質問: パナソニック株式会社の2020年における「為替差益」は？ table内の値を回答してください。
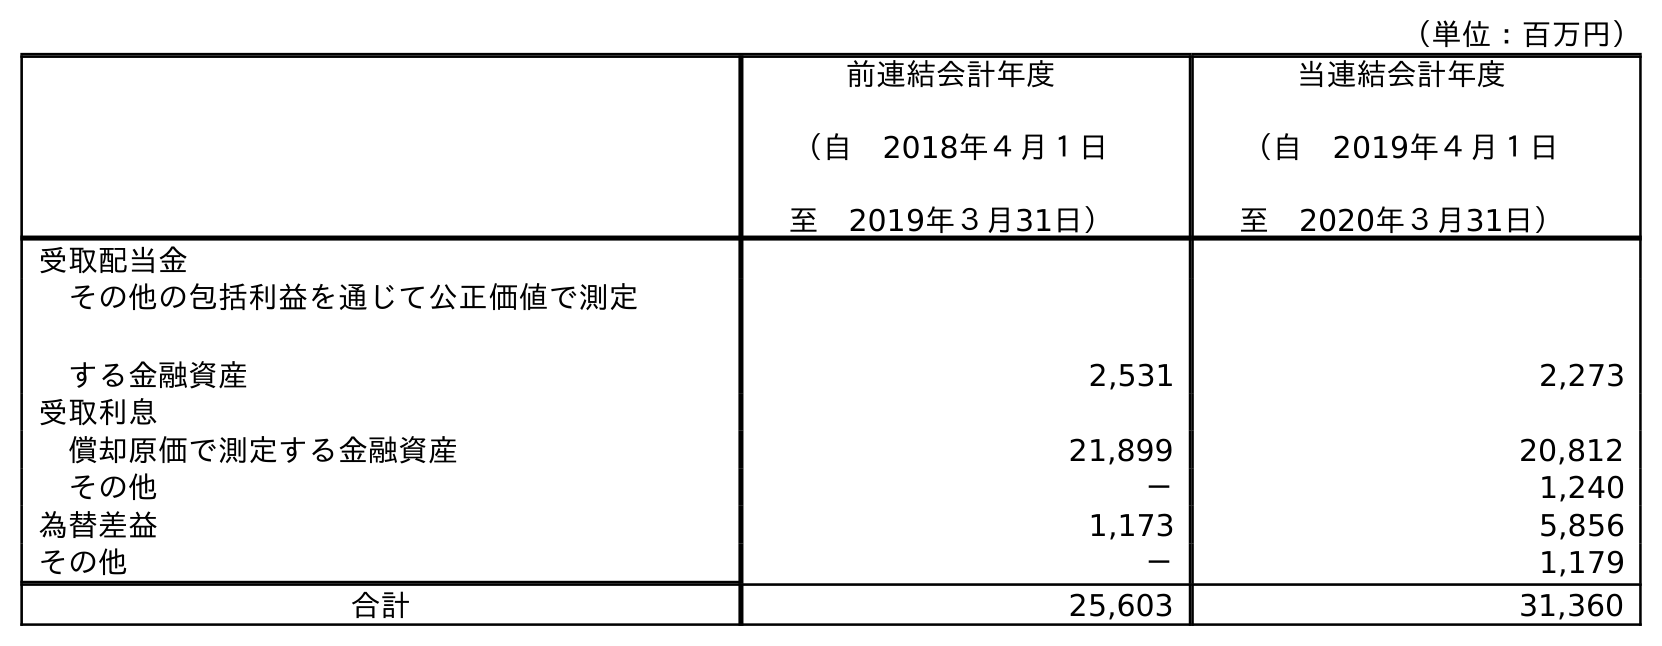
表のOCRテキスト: （単位：百万円） 前連結会計年度 （自 2018年４月１日 至 2019年３月31日） 当連結会計年度 （自 2019年４月１日 至 2020年３月31日） 受取配当金 その他の包括利益を通じて公正価値で測定 する金融資産 2,531 2,273 受取利息 償却原価で測定する金融資産 21,899 20,812 その他 － 1,240 為替差益 1,173 5,856 その他 － 1,179 合計 25,603 31,360
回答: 5,856